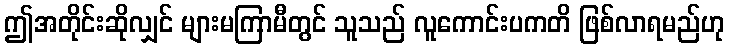
ဤအတိုင်းဆိုလျှင် များမကြာမီတွင် သူသည် လူကောင်းပကတိ ဖြစ်လာရမည်ဟု